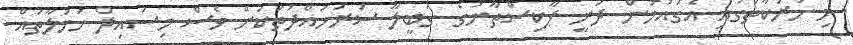
މި ހަރަކާތުގައި އެގައުމުން ދަނީ ޕާކިސްތާނުގެ ގަބީލާ ސަރަހައްދުތަކަށް ވެސް މިސައިލް ހަމަލާތައް